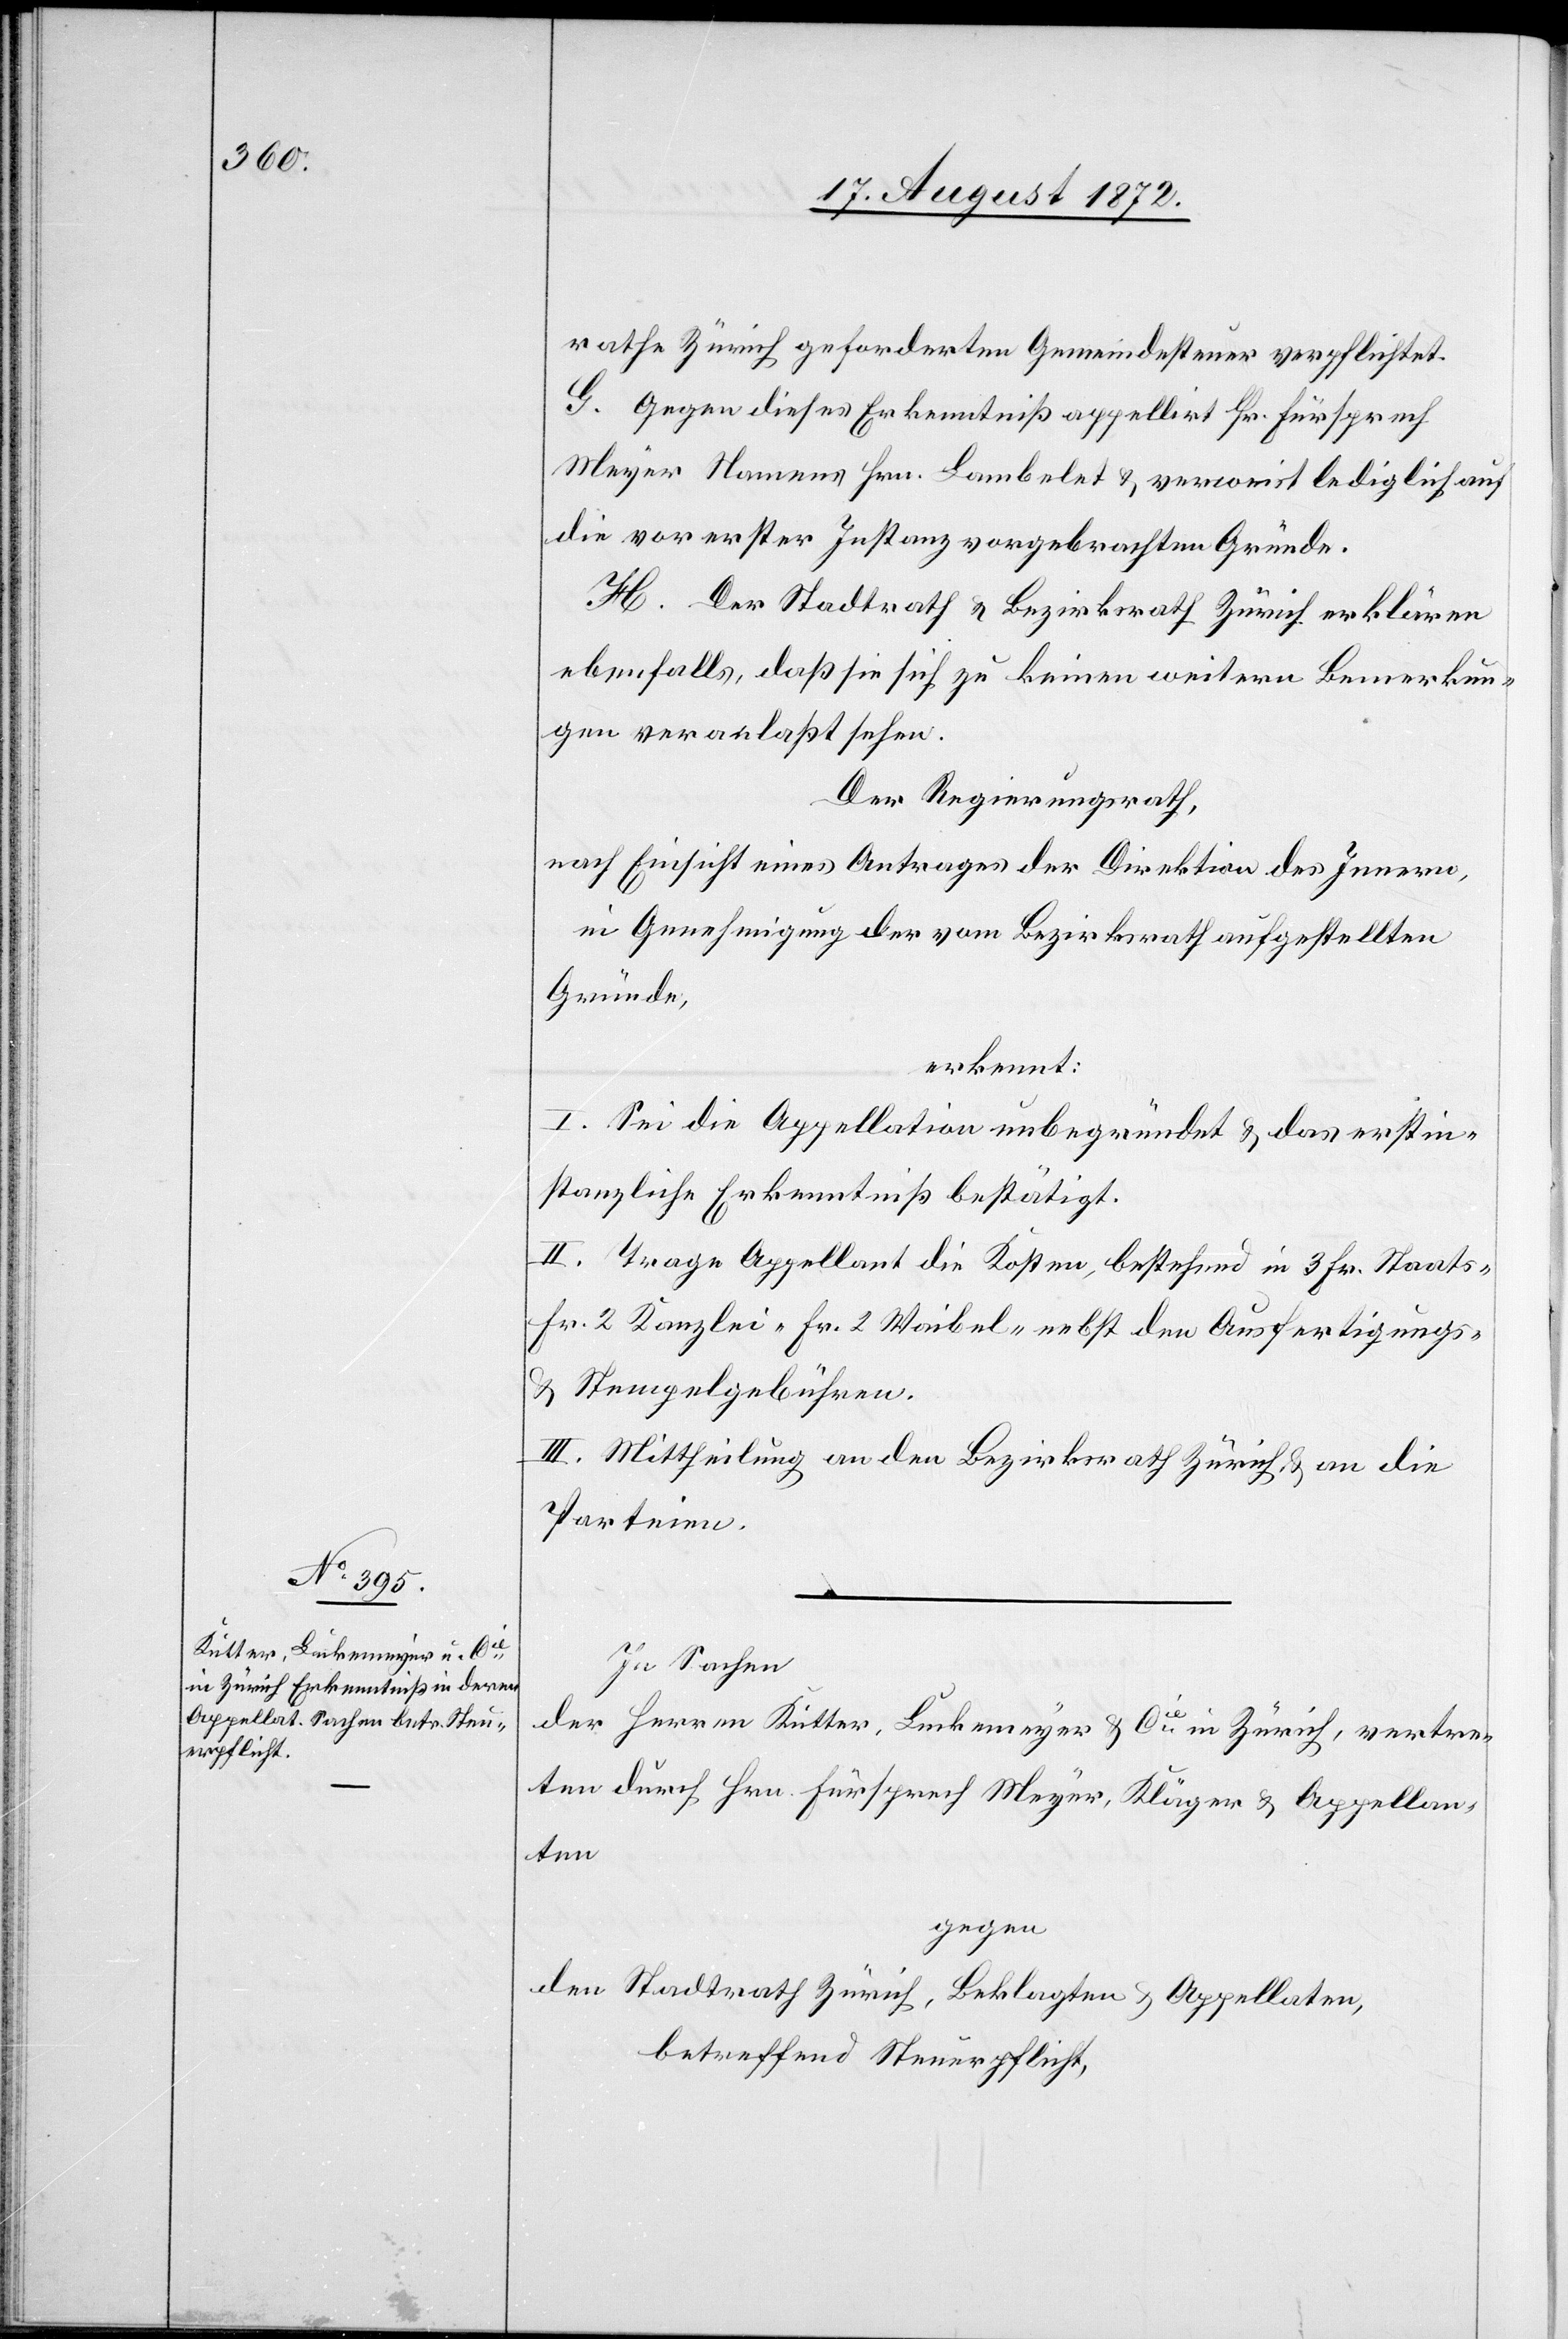
rathe Zürich geforderten Gemeindesteuer verpflichtet.
G. Gegen dieses Erkenntniß appellirt Hr. Fürsprech
Meyer Namens Hrn. Lambelet u. verweist lediglich auf
die vor erster Instanz vorgebrachten Gründe.
H. Der Stadtrath u. Bezirksrath Zürich erklären
ebenfalls, daß sie sich zu keinen weitern Bemerkun¬
gen veranlaßt sehen.
Der Regierungsrath,
nach Einsicht eines Antrages der Direktion des Innern,
in Genehmigung der vom Bezirksrath aufgestellten
Gründe,
erkennt:
I. Sei die Appellation unbegründet u. das erstin¬
stanzliche Erkenntniß bestätigt.
II. Trage Appellant die Kosten, bestehend in 3 Fr. Staats-
Fr. 2 Kanzlei- Fr. 2 Waibel- nebst den Ausfertigungs-
u. Stempelgebühren.
III. Mittheilung an den Bezirksrath Zürich u. an die
Parteien.
In Sachen
der Herren Kutter, Luckenmeyer u. Cie in Zürich, vertre¬
ten durch Hrn. Fürsprech Meyer, Kläger u. Appellan¬
ten
gegen
den Stadtrath Zürich, Beklagten u. Appellaten,
betreffend Steuerpflicht,